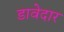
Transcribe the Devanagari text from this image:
डावेदार